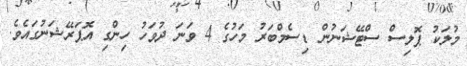
މުލަކު ޕޮލިސް ސްޓޭޝަނުން ޑިސެމްބަރު މަހުގެ 4 ވަނަ ދުވަހު ހިންގި އޮޕަރޭޝަނުގައެވެ.